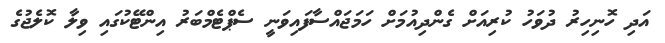
އަދި ހޮނިހިރު ދުވަހު ކުރިއަށް ގެންދިއުމަށް ހަމަޖައްސާފައިވަނީ ސެޕްޓެމްބަރު އިންޓޭކުގައި ވިލާ ކޮލެޖުގެ